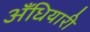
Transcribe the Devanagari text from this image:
अँधियारी